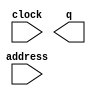
module rom_dispv (
	address,
	clock,
	q);

	input	[5:0]  address;
	input	  clock;
	output	[5:0]  q;
`ifndef ALTERA_RESERVED_QIS
// synopsys translate_off
`endif
	tri1	  clock;
`ifndef ALTERA_RESERVED_QIS
// synopsys translate_on
`endif

endmodule